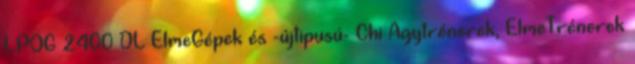
LPOG 2400 DL ElmeGépek és -újtipusú- Chi Agytrénerek, ElmeTrénerek